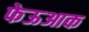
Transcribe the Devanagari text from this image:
फेऊआक